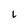
Character: L